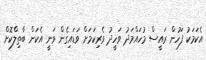
އެކަމަކު ފަހުން ރައީސް މުހައްމަދު ވަހީދު ވެރިކަމަށް ވަޑައިގެން ވަނީ އެކަން ބާތިލްކޮށް